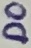
Text: D0